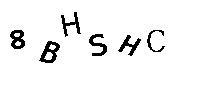
8BHSHC